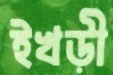
ইখড়ী